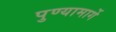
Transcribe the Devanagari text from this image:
पुण्यामार्गे